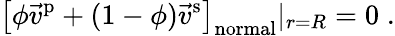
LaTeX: \left[\phi\vec{v}^{\mathrm p}+(1-\phi)\vec{v}^{\mathrm s}\right]_{\mathrm{normal}}|_{r=R}=0\; .